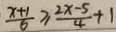
\frac { x + 1 } { 6 } \geq \frac { 2 x - 5 } { 4 } + 1